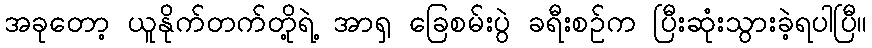
အခုတော့ ယူနိုက်တက်တို့ရဲ့ အာရှ ခြေစမ်းပွဲ ခရီးစဥ်က ပြီးဆုံးသွားခဲ့ရပါပြီ။